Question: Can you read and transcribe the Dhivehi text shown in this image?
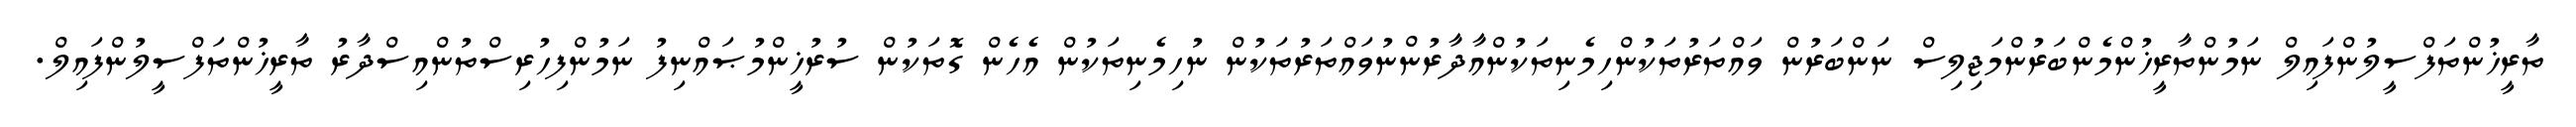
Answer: ތާރީޚުންތަފްސީލުންފައިލް ނަމުންތާރީޚުންމެންބަރުންމަޖިލިސް ނަންބަރުން ވައްތަރުތަކުންހިމެނިތަކުންއާދާރުންނުވައްތަރުތަކުން ނުހިމެނިތަކުން އެހެން ގޮތަކުން ސުރުޚީންމުޞައްނިފު ނަމުންފިހުރިސްތުންއިސްދާރު ތާރީޚުންތަފްސީލުންފައިލް.